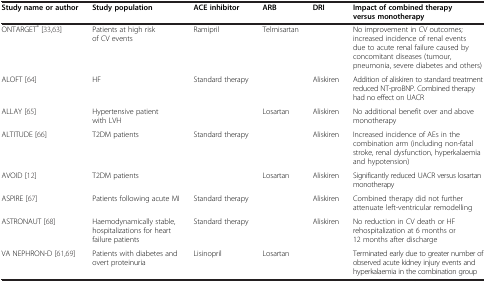
<table><thead><tr><td><b>Study name or author</b></td><td><b>Study population</b></td><td><b>ACE inhibitor</b></td><td><b>ARB</b></td><td><b>DRI</b></td><td><b>Impact of combined therapy versus monotherapy</b></td></tr></thead><tbody><tr><td>ONTARGET<sup>®</sup>[33,63]</td><td>Patients at high risk of CV events</td><td>Ramipril</td><td>Telmisartan</td><td> </td><td>No improvement in CV outcomes; increased incidence of renal events due to acute renal failure caused by concomitant diseases (tumour, pneumonia, severe diabetes and others)</td></tr><tr><td>ALOFT [64]</td><td>HF</td><td>Standard therapy</td><td> </td><td>Aliskiren</td><td>Addition of aliskiren to standard treatment reduced NT-proBNP. Combined therapy had no effect on UACR</td></tr><tr><td>ALLAY [65]</td><td>Hypertensive patient with LVH</td><td> </td><td>Losartan</td><td>Aliskiren</td><td>No additional benefit over and above monotherapy</td></tr><tr><td>ALTITUDE [66]</td><td>T2DM patients</td><td>Standard therapy</td><td> </td><td>Aliskiren</td><td>Increased incidence of AEs in the combination arm (including non-fatal stroke, renal dysfunction, hyperkalaemia and hypotension)</td></tr><tr><td>AVOID [12]</td><td>T2DM patients</td><td> </td><td>Losartan</td><td>Aliskiren</td><td>Significantly reduced UACR versus losartan monotherapy</td></tr><tr><td>ASPIRE [67]</td><td>Patients following acute MI</td><td>Standard therapy</td><td> </td><td>Aliskiren</td><td>Combined therapy did not further attenuate left-ventricular remodelling</td></tr><tr><td>ASTRONAUT [68]</td><td>Haemodynamically stable, hospitalizations for heart failure patients</td><td>Standard therapy</td><td> </td><td>Aliskiren</td><td>No reduction in CV death or HF rehospitalization at 6 months or 12 months after discharge</td></tr><tr><td>VA NEPHRON-D [61,69]</td><td>Patients with diabetes and overt proteinuria</td><td>Lisinopril</td><td>Losartan</td><td> </td><td>Terminated early due to greater number of observed acute kidney injury events and hyperkalaemia in the combination group</td></tr></tbody></table>